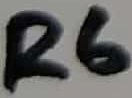
Text: R6